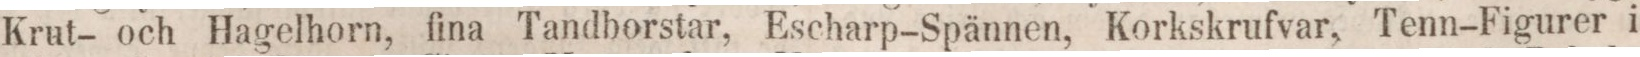
Krut- och Hagelhorn, fina Tandborstar, Escharp-Spännen, Korksrufvar, Tenn-Figurer i